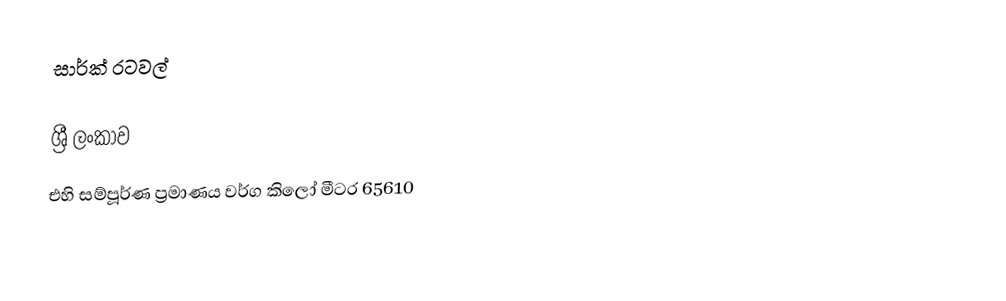
‍සාර්ක් ර‍ටවල්

ශ්‍රී ලංකාව
එහි සම්පූර්ණ ප්‍රමාණය වර්ග කිලෝ මීටර 65610